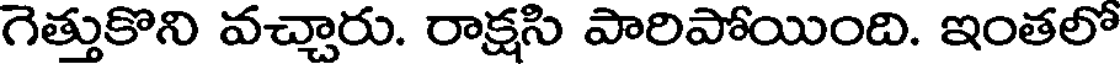
గెత్తుకొని వచ్చారు. రాక్షసి పారిపోయింది. ఇంతలో